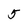
Character: 5